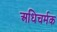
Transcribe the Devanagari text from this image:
अधिचर्मक